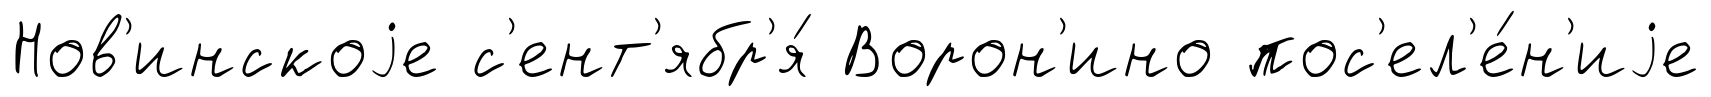
Нов'инскоjе с'ент'ябр'я́ Ворон'ино пос'ел'е́н'иjе